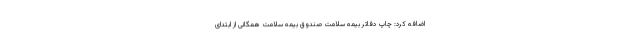
اضافه کرد: چاپ دفاتر بیمه سلامت صندوق بیمه سلامت همگانی از ابتدای